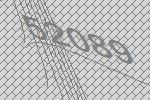
52089